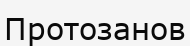
Протозанов